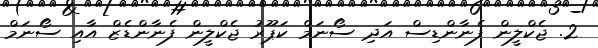
2. ޖެކްލީން ފެނާންޑިސް އަދި ސޯނަމް ކަޕޫރު ޖެކްލީން ފެނާންޑެޒް އާއި ސޯނަމް